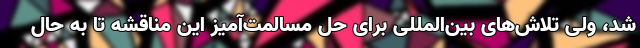
شد، ولی تلاش‌های بین‌المللی برای حل مسالمت‌آمیز این مناقشه تا به حال